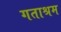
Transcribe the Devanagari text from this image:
गताश्रम